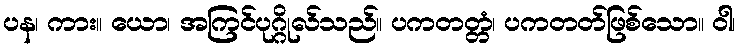
ပန၊ ကား။ ယော၊ အကြင်ပုဂ္ဂိုလ်သည်။ ပကတတ္တံ၊ ပကတတ်ဖြစ်သော။ ဝါ၊